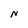
Character: N